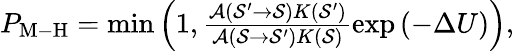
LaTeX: \begin{array}{r}{P_{\mathrm{M\mathrm{-}H}}=\operatorname*{min}\left(1,\frac{\mathcal{A}(\mathcal{S^{\prime}}\rightarrow\mathcal{S})K(\mathcal{S^{\prime}})}{\mathcal{A}(\mathcal{S}\rightarrow\mathcal{S^{\prime}})K(\mathcal{S})}\exp\left(-\Delta U\right)\right),}\end{array}